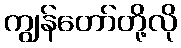
ကျွန်တော်တို့လို